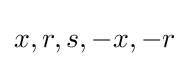
x,r,s,-x,-r